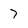
Character: 7